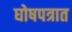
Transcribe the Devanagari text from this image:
घोषपत्रात